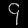
Digit: ၄